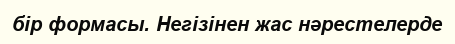
бір формасы. Негізінен жас нәрестелерде